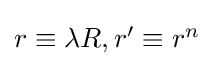
{\textstyle r\equiv \lambda R,r^{\prime }\equiv r^{n}}